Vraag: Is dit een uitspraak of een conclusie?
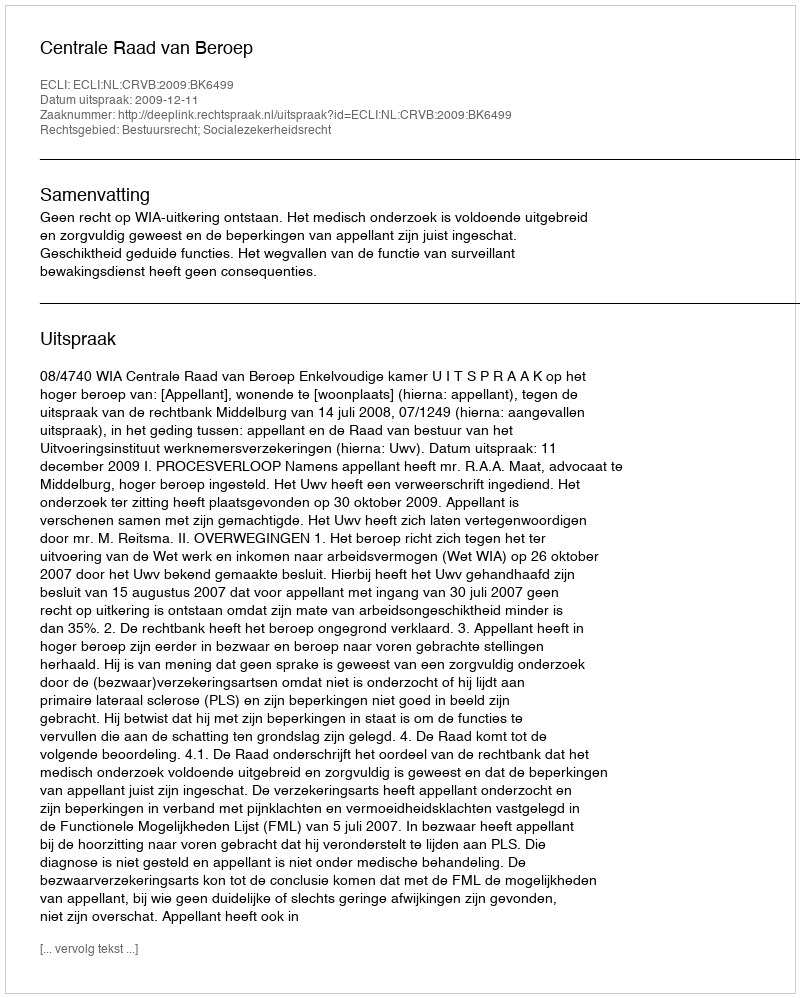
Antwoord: Uitspraak